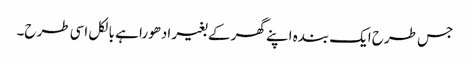
جس طرح ایک بندہ اپنے گھر کے بغیر ادھورا ہے بالکل اسی طرح۔